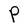
Character: P